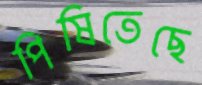
পিষিতেছে